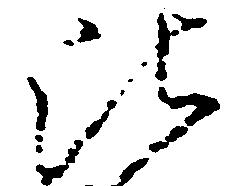
比